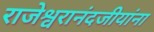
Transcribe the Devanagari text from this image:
राजेश्वरानंदजीयांना